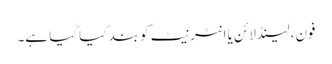
فون، لینڈلائن یا انٹرنیٹ کو بند کیا گیا ہے۔